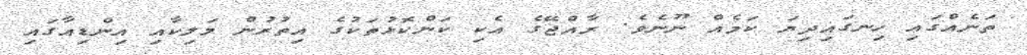
ތަނެއްގައި ހިނގައިދިޔަ ކަމެއް ނޫނެވެ. ރާއްޖޭގެ އެކި ކަންކޮޅުތަކުގެ އިތުރުން މަލިކާއި އިންޑިއާގައި